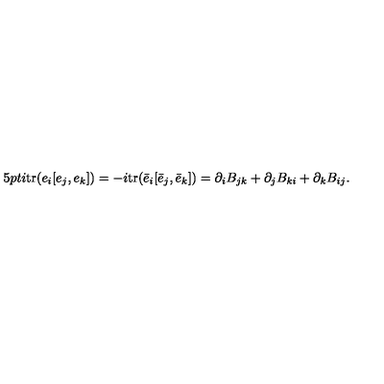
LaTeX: \hspace { 1 5 p t } i \mathrm { t r } ( e _ { i } [ e _ { j } , e _ { k } ] ) = - i \mathrm { t r } ( \bar { e } _ { i } [ \bar { e } _ { j } , \bar { e } _ { k } ] ) = \partial _ { i } B _ { j k } + \partial _ { j } B _ { k i } + \partial _ { k } B _ { i j } .